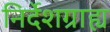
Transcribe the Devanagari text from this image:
निर्देशग्राह्य